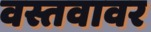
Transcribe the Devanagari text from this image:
वस्तवावर